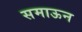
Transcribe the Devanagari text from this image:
समाऊन